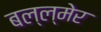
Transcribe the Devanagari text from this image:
बल्ल्मेर